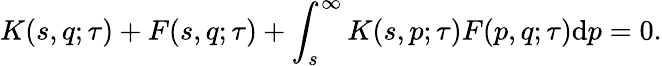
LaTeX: K(s,q;\tau)+F(s,q;\tau)+\int_{s}^{\infty}K(s,p;\tau)F(p,q;\tau)\mathrm{d}p=0.